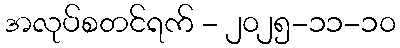
အလုပ်စတင်ရက် - ၂၀၂၅-၁၁-၁၀